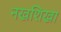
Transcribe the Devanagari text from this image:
नखशिखा